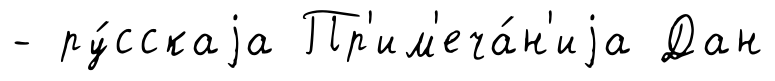
- ру́сскаjа Пр'им'еча́н'иjа Дан